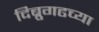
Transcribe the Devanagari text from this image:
दिब्रुगढच्या